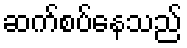
ဆက်စပ်နေသည်